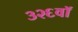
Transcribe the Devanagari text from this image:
३२६वॉ